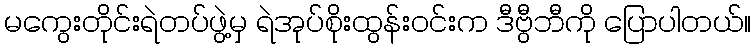
မကွေးတိုင်းရဲတပ်ဖွဲ့မှ ရဲအုပ်စိုးထွန်းဝင်းက ဒီဗွီဘီကို ပြောပါတယ်။